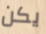
يكن